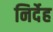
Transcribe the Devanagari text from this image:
निर्देह